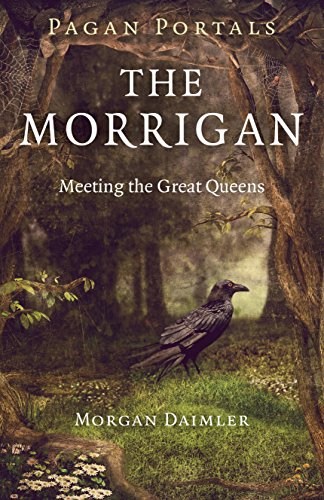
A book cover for Pagan Portals - The Morrigan: Meeting the Great Queens; Morgan Daimler; Religion & Spirituality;